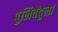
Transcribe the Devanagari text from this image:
पुलिवेंदुला